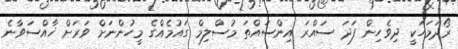
ރޯދަމަހަކީ ދިވެހިން ފަދަ ސައްރަ އިންސައްތަ މުސްލިމް ގައުމެއްގެ މީހުންނަށް ވަރަށް ޚާއްސަވާނެ